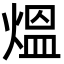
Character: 熅